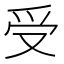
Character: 受